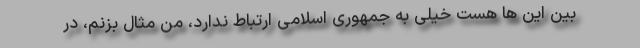
بین این ها هست خیلی به جمهوری اسلامی ارتباط ندارد، من مثال بزنم، در